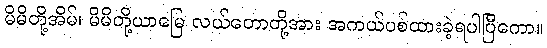
မိမိတို့အိမ်၊ မိမိတို့ယာမြေ လယ်တောတို့အား အကယ်ပစ်ထားခဲ့ရပါပြီကော။